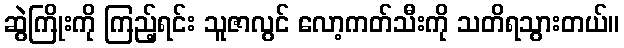
ဆွဲကြိုးကို ကြည့်ရင်း သူဇာလွင် လော့ကတ်သီးကို သတိရသွားတယ်။